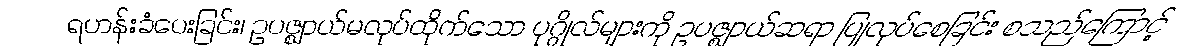
ရဟန်းခံပေးခြင်း၊ ဥပဇ္ဈာယ်မလုပ်ထိုက်သော ပုဂ္ဂိုလ်များကို ဥပဇ္ဈာယ်ဆရာ ပြုလုပ်စေခြင်း စသည်ကြောင့်